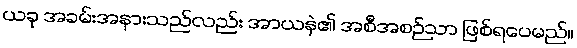
ယခု အခမ်းအနားသည်လည်း အာယနဲ၏ အစီအစဉ်သာ ဖြစ်ရပေမည်။